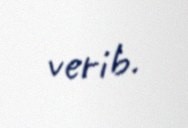
verib.